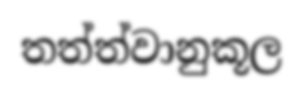
තත්ත්වානුකූල